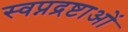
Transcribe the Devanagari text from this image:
स्वप्नद्रष्टाओं